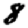
Digit: 8